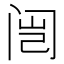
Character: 闿